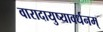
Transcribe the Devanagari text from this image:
वारादायुष्यावर्धनम्